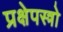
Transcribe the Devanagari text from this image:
प्रक्षेपस्त्रो